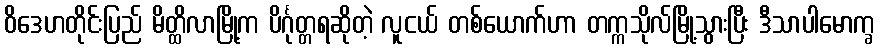
ဝိဒေဟတိုင်းပြည် မိတ္ထိလာမြို့က ပိင်္ဂုတ္တရဆိုတဲ့ လူငယ် တစ်ယောက်ဟာ တက္ကသိုလ်မြို့သွားပြီး ဒီသာပါမောက္ခ